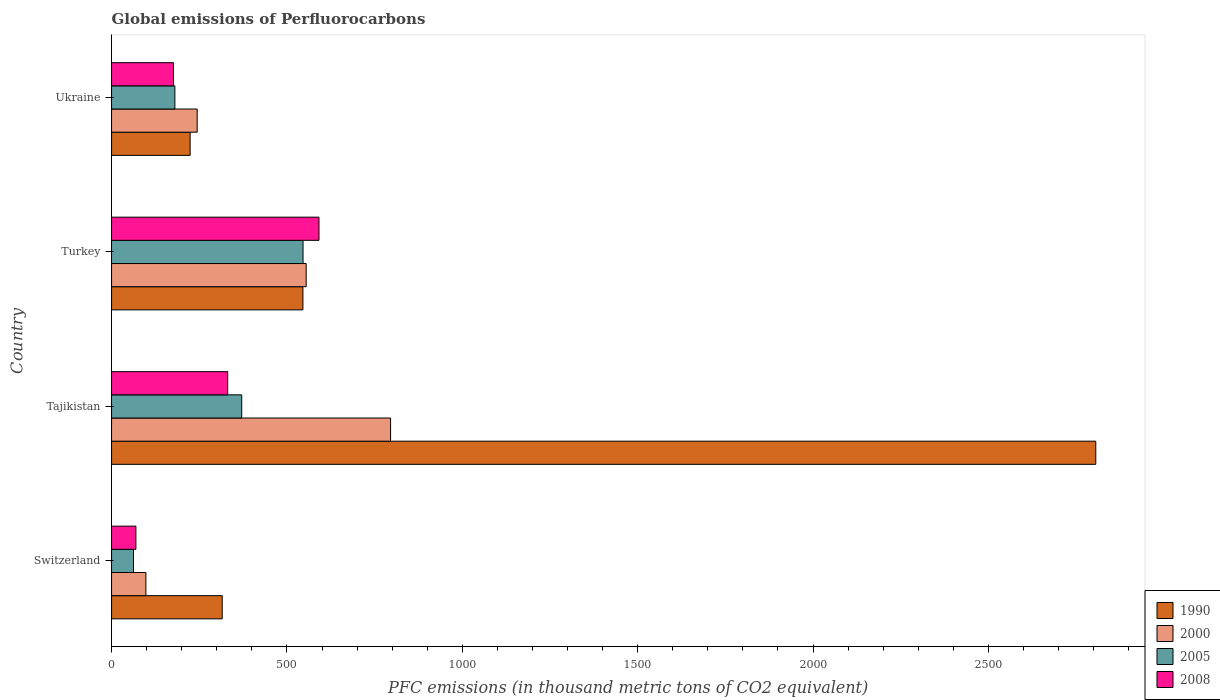
| Country | 1990 | 2000 | 2005 | 2008 |
 | --- | --- | --- | --- | --- |
 | Switzerland | 316 | 97.9 | 62.5 | 69.4 |
 | Tajikistan | 2.81e+03 | 796 | 371 | 331 |
 | Turkey | 546 | 555 | 546 | 591 |
 | Ukraine | 224 | 244 | 180 | 176 |